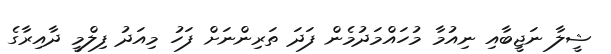
ޝީލާ ނަޖީބާއި ނިއުމާ މުހައްމަދުމެން ފަދަ ތަރިންނަށް ފަހު މިއަދު ފިލްމީ ދާއިރާގެ